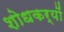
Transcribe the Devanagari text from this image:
शोधकर्यों